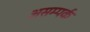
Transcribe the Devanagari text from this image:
असम्पर्क